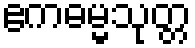
ဧကဓမ္မသုတ္တ